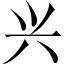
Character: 兴